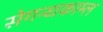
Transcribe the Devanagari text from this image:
सेगन्धकाम्ल